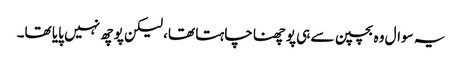
یہ سوال وہ بچپن سے ہی پوچھنا چاہتا تھا، لیکن پوچھ نہیں پایا تھا۔